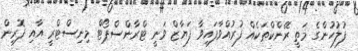
ފުލުހުންގެ މަތީ ރޭންކްތަކެއް ފުރުއްވާފައިވާ ފަޔާޒް ވަނީ ޓްރާންސްޕޯޓް މިނިސްޓްރީ އާއި ފޮރިން